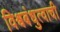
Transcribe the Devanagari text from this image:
विश्वबंधुत्वाची